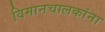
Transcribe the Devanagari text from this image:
विमानचालकांना